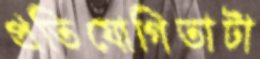
প্রতিযোগিতাটা